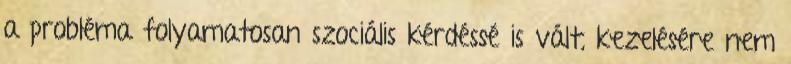
a probléma folyamatosan szociális kérdéssé is vált, kezelésére nem